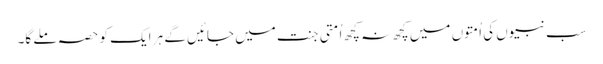
سب نبیوں کی اُمتوں میں کچھ نہ کچھ اُمتی جنت میں جائیں گے ہر ایک کو حصہ ملے گا۔